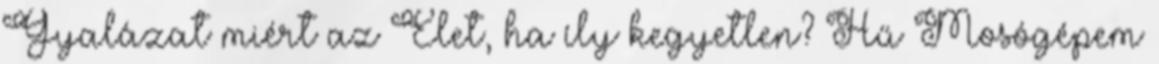
Gyalázat miért az Élet, ha íly kegyetlen? Hű Mosógépem